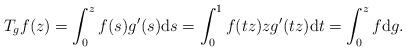
LaTeX: \begin{align*} T_gf(z)=\int_{0}^{z}f(s) g'(s) {\rm d}s=\int_{0}^{1}f(tz) zg'(tz){\rm d}t=\int_{0}^{z}f{\rm d}g.\end{align*}